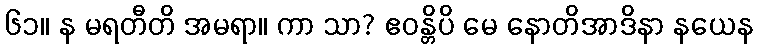
၆၁။ န မရတီတိ အမရာ။ ကာ သာ? ဧဝန္တိပိ မေ နောတိအာဒိနာ နယေန